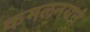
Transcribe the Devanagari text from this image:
कमलनयनं